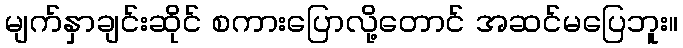
မျက်နှာချင်းဆိုင် စကားပြောလို့တောင် အဆင်မပြေဘူး။